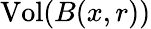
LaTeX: {\mathrm{Vol}}(B(x,r))